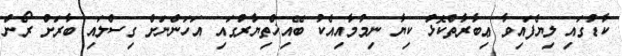
ކާޑުގައި ލިޔެފައިވާ ޢިބާރާތްކޮޅު ކިޔާ ނިމުމާއިއެކު ބޭއިޚްތިޔާރުގައި އަހަންނަށް ގިސްލައި ބާރަށް ރޯން